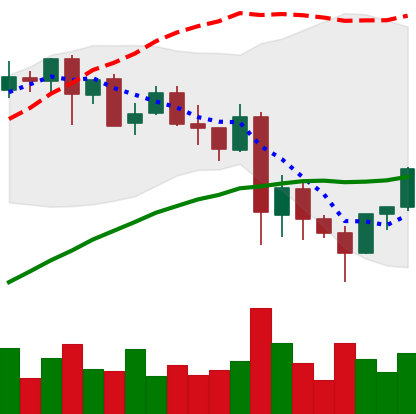
Ticker: LINK-USD
Chart end date: 2021-05-26
Forward return: -5.58%
Label: down_5_7